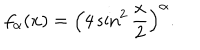
f _ { \alpha } ( x ) = \left( 4 \sin ^ { 2 } \frac { x } { 2 } \right) ^ { \alpha } .